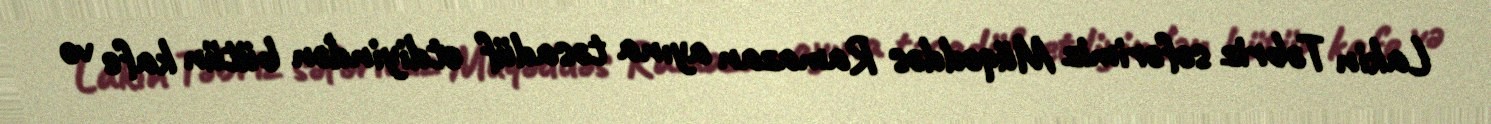
Lakin Təbriz səfərimiz Müqəddəs Ramazan ayına təsadüf etdiyindən bütün kafe və